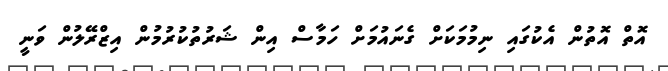
އޮތް އޮތުން އެކުގައި ނިމުމަކަށް ގެނައުމަށް ހަމާސް އިން ޝަރުތުކުރުމުން އިޒްރޭލުން ވަނީ